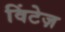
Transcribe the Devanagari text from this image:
विंटेज़